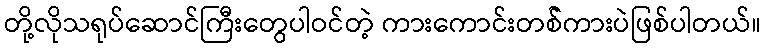
တို့လိုသရုပ်ဆောင်ကြီးတွေပါဝင်တဲ့ ကားကောင်းတစ််ကားပဲဖြစ်ပါတယ်။